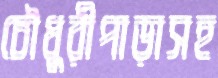
চৌধুরীপাড়াসহ